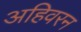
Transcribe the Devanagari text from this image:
अहिवरन